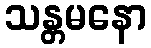
သန္တမနော